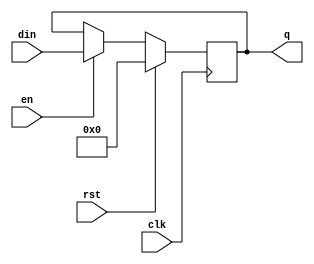
module enable_reg2 (/*AUTOARG*/
   // Outputs
   q,
   // Inputs
   clk, rst, en, din
   );

   input clk,rst;

   input en;

   output [31:0] q;

   input [31:0]  din;

   /*AUTOREG*/
   // Beginning of automatic regs (for this module's undeclared outputs)
   reg [31:0]		q;
   // End of automatics

   /*AUTOWIRE*/
   
   always @(posedge clk)
     if (rst)
       q <= 0;
     else
       if ( en )
	 q <= din;

endmodule // enable_reg